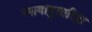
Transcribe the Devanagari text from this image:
न्यायानुसारिता